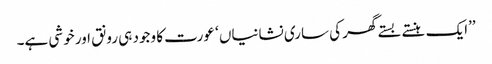
’’ایک ہنستے بستے گھر کی ساری نشانیاں ‘ عورت کا وجود ہی رونق اور خوشی ہے۔